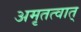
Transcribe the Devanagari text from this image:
अमृतत्वात्